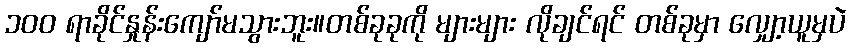
၁၀၀ ရာခိုင်နှုန်းကျော်မသွားဘူး။တစ်ခုခုကို များများ လိုချင်ရင် တစ်ခုမှာ လျှော့ယူမှပဲ